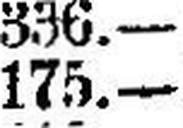
175.—